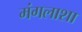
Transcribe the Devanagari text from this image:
मंगलाशा